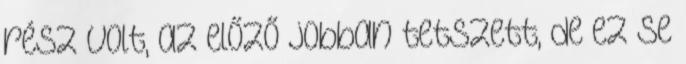
rész volt, az előző jobban tetszett, de ez se